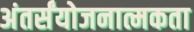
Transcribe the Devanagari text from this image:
अंतर्संयोजनात्मकता